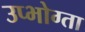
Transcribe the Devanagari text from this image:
उप्भोग्ता